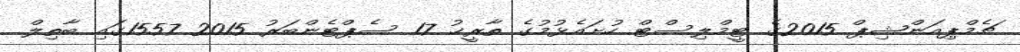
ޗެމްޕިއަންޝިޕް 2015ގެ ޓީމްލިސްޓް ހުށައެޅުމުގެ ތާރީޚު 17 ސެޕްޓެންބަރު 2015 1557ގައި ބާތިލް